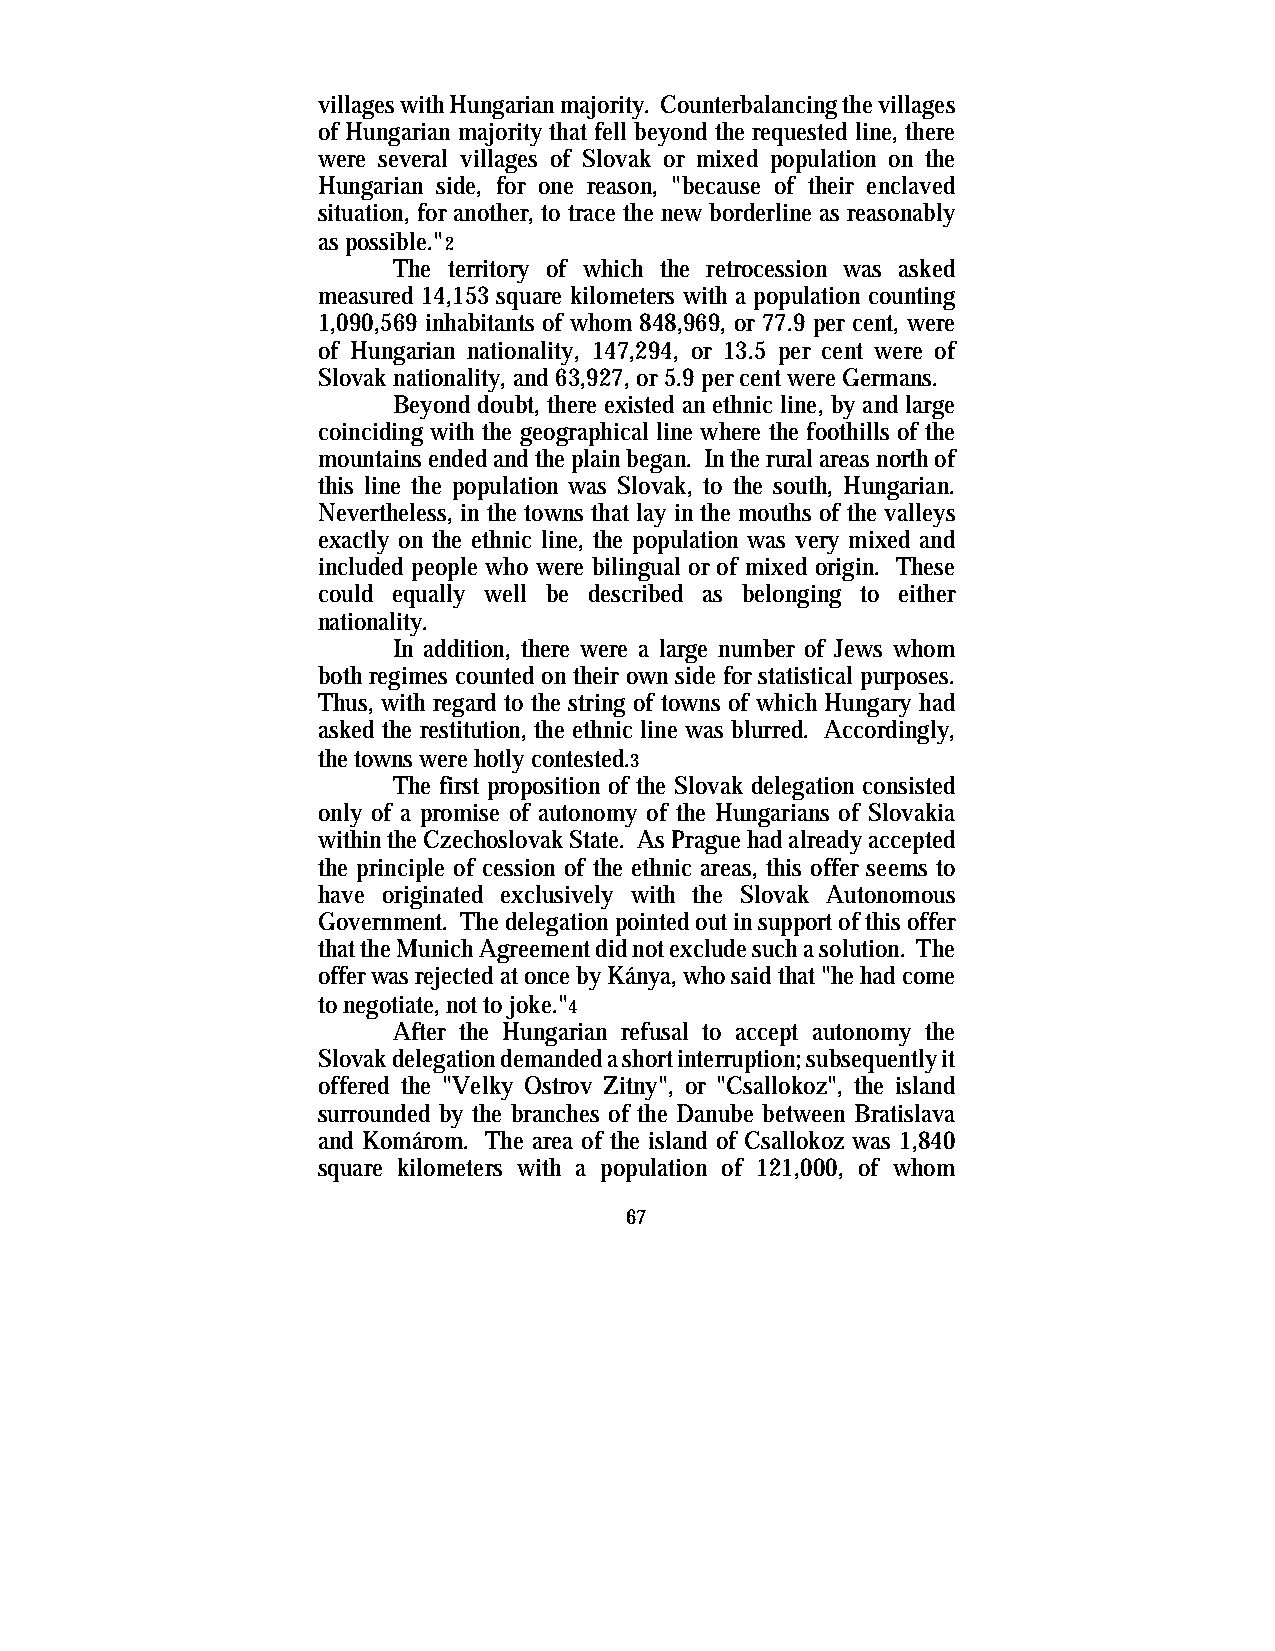
villages with Hungarian majority. Counterbalancing the villages
 of Hungarian majority that fell beyond the requested line, there
 were several villages of Slovak or mixed population on the
 Hungarian side, for one reason, "because of their enclaved
 situation, for another, to trace the new borderline as reasonably
 as possible."2
 The territory of which the retrocession was asked
 measured 14,153 square kilometers with a population counting
 1,090,569 inhabitants of whom 848,969, or 77.9 per cent, were
 of Hungarian nationality, 147,294, or 13.5 per cent were of
 Slovak nationality, and 63,927, or 5.9 per cent were Germans.
 Beyond doubt, there existed an ethnic line, by and large
 coinciding with the geographical line where the foothills of the
 mountains ended and the plain began. In the rural areas north of
 this line the population was Slovak, to the south, Hungarian.
 Nevertheless, in the towns that lay in the mouths of the valleys
 exactly on the ethnic line, the population was very mixed and
 included people who were bilingual or of mixed origin. These
 could equally well be described as belonging to either
 nationality.
 In addition, there were a large number of Jews whom
 both regimes counted on their own side for statistical purposes.
 Thus, with regard to the string of towns of which Hungary had
 asked the restitution, the ethnic line was blurred. Accordingly,
 the towns were hotly contested.3
 The first proposition of the Slovak delegation consisted
 only of a promise of autonomy of the Hungarians of Slovakia
 within the Czechoslovak State. As Prague had already accepted
 the principle of cession of the ethnic areas, this offer seems to
 have originated exclusively with the Slovak Autonomous
 Government. The delegation pointed out in support of this offer
 that the Munich Agreement did not exclude such a solution. The
 offer was rejected at once by Kánya, who said that "he had come
 to negotiate, not to joke."4
 After the Hungarian refusal to accept autonomy the
 Slovak delegation demanded a short interruption; subsequently it
 offered the "Velky Ostrov Zitny", or "Csallokoz", the island
 surrounded by the branches of the Danube between Bratislava
 and Komárom. The area of the island of Csallokoz was 1,840
 square kilometers with a population of 121,000, of whom
 67